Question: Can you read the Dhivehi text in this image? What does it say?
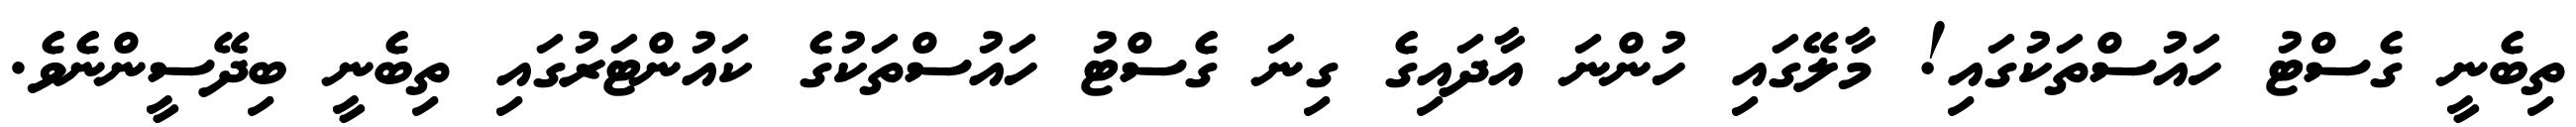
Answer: ތިބެނީ ގެސްޓު ހައުސްތަކުގައި! މާލޭގައި ހުންނަ އާދައިގެ ގިނަ ގެސްޓު ހައުސްތަކުގެ ކައުންޓަރުގައި ތިބެނީ ބިދޭސީންނެވެ.